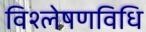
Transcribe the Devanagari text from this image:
विश्लेषणविधि